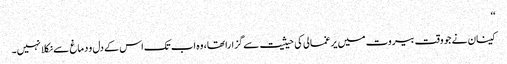
‘‘
کینان نے جو وقت بیروت میں یرغمالی کی حیثیت سے گزارا تھا، وہ اب تک اس کے دل و دماغ سے نکلا نہیں۔